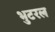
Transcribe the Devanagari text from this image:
भुटरल